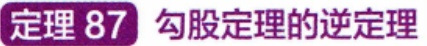
定理 87 勾股定理的逆定理